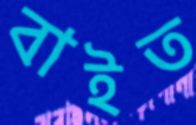
বাইত